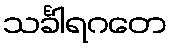
သင်္ခါရဂတေ